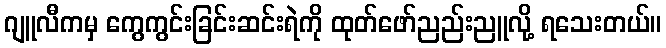
ဂျူလီကမှ ကွေကွင်းခြင်းဆင်းရဲကို ထုတ်ဖော်ညည်းညူလို့ ရသေးတယ်။